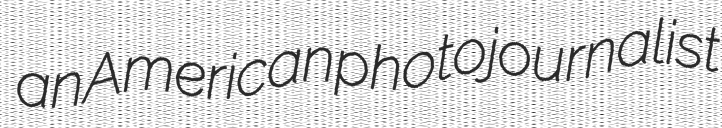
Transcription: an American photojournalist